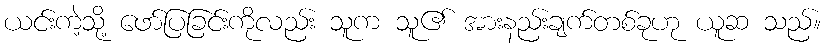
ယင်းကဲ့သို့ ဖော်ပြခြင်းကိုလည်း သူက သူ၏ အားနည်းချက်တစ်ခုဟု ယူဆ သည်။